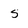
Character: 5